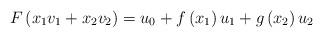
LaTeX: \begin{align*}F\left(x_{1}v_{1}+x_{2}v_{2}\right)=u_{0}+f\left(x_{1}\right)u_{1}+g\left(x_{2}\right)u_{2}\end{align*}